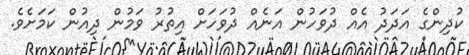
ކުދިންގެ އަދަދު އެއް ދުވަހުން އަނެއް ދުވަހަށް އިތުރު ވަމުން ދިއުން ކަމަށެވެ.